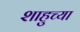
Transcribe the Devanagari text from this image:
शाहुच्या